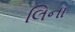
લિના